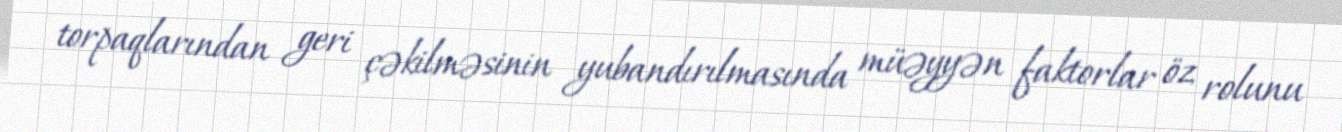
torpaqlarından geri çəkilməsinin yubandırılmasında müəyyən faktorlar öz rolunu